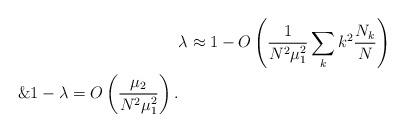
LaTeX: \begin{align*}&\lambda\approx 1-O\left(\frac{1}{N^2\mu_1^2}\sum_k k^2 \frac{N_k}{N}\right)\\\&1-\lambda=O\left(\frac{\mu_2}{N^2\mu_1^2}\right).\end{align*}